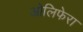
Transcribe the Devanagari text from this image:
ओलिफेरा